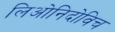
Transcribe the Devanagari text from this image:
लिओनिदोविच